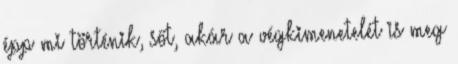
épp mi történik, sőt, akár a végkimenetelét is meg